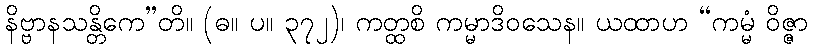
နိဗ္ဗာနသန္တိကေ”တိ။ (ဓ။ ပ။ ၃၇၂)၊ ကတ္ထစိ ကမ္မာဒိဝသေန။ ယထာဟ “ကမ္မံ ဝိဇ္ဇာ